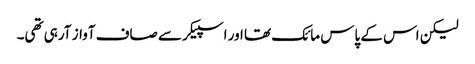
لیکن اس کے پاس مائک تھا اور اسپیکر سے صاف آواز آرہی تھی۔